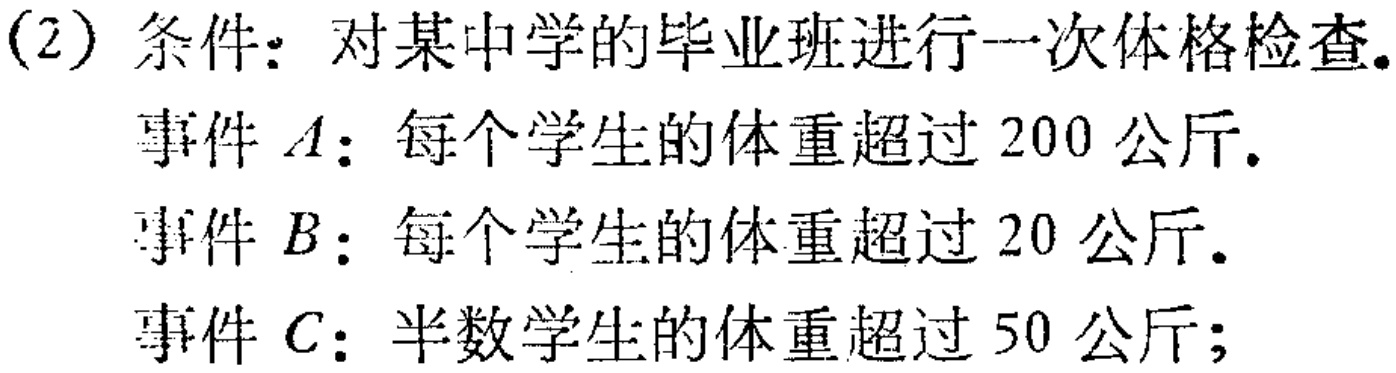
(2) 条件：对某中学的毕业班进行一次体格检查。
事件\(A\)：每个学生的体重超过 \(200\) 公斤。
事件\(B\)：每个学生的体重超过 \(20\) 公斤。
事件\(C\)：半数学生的体重超过 \(50\) 公斤；